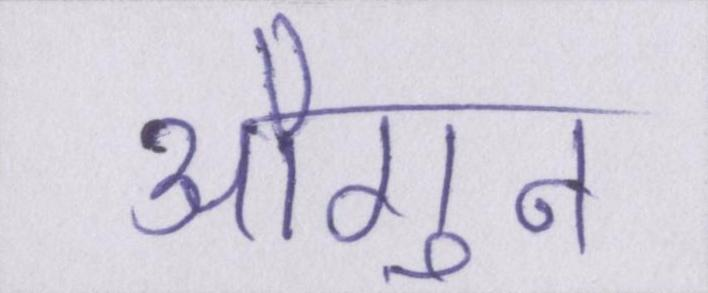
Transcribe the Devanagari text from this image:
औगुन